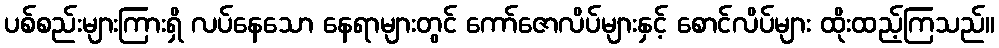
ပစ်စည်းများကြားရှိ လပ်နေသော နေရာများတွင် ကော်ဇောလိပ်များနှင့် စောင်လိပ်များ ထိုးထည့်ကြသည်။